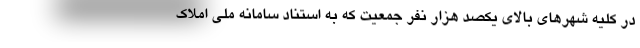
در کلیه شهرهای بالای یکصد هزار نفر جمعیت که به استناد سامانه ملی املاک